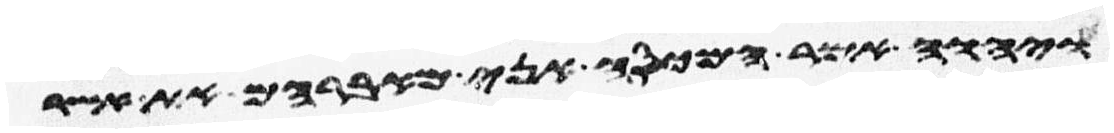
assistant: ויהוה אמר המכסה אני מאברהם את אשר